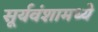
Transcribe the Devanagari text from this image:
सूर्यवंशामध्ये